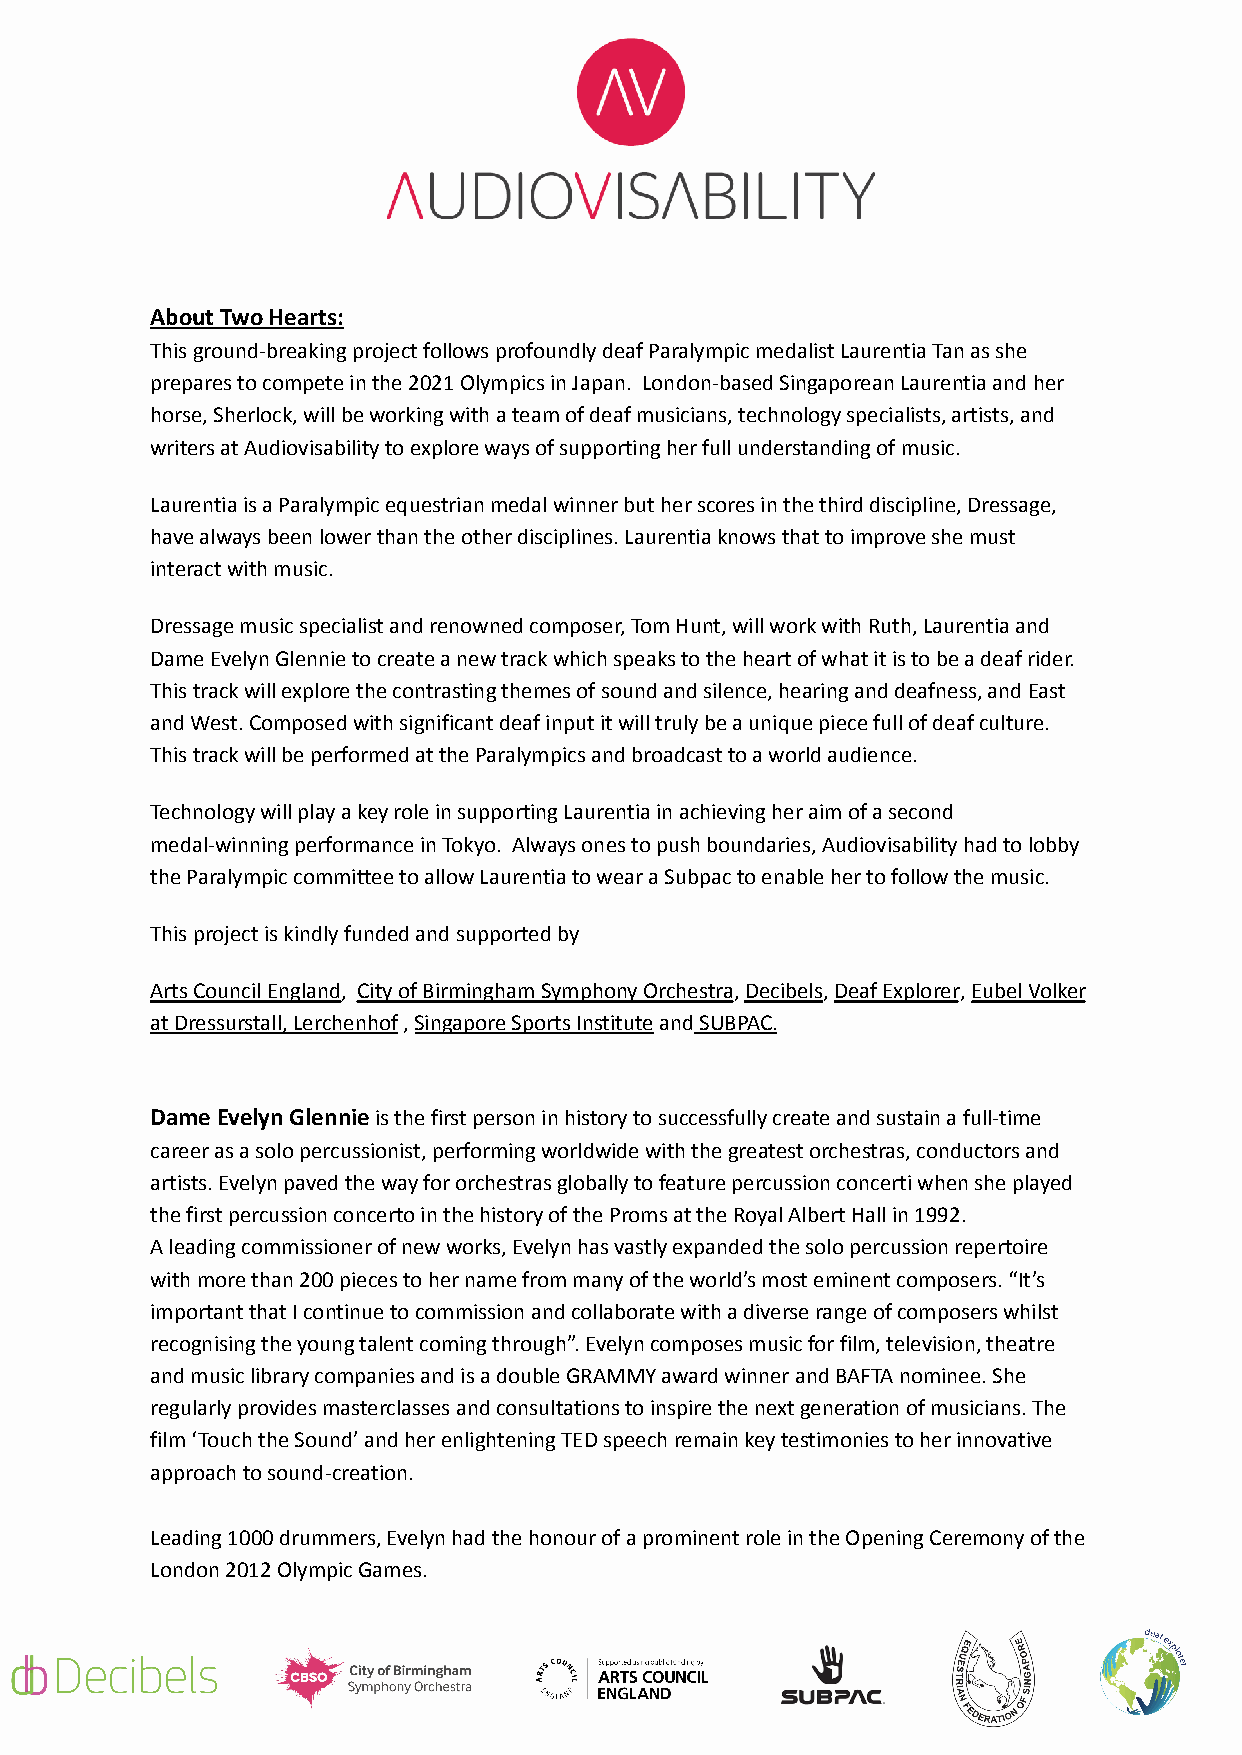
About Two Hearts:
 This ground-breaking project follows profoundly deaf Paralympic medalist Laurentia Tan as she
 prepares to compete in the 2021 Olympics in Japan. London-based Singaporean Laurentia and her
 horse, Sherlock, will be working with a team of deaf musicians, technology specialists, artists, and
 writers at Audiovisability to explore ways of supporting her full understanding of music.
 Laurentia is a Paralympic equestrian medal winner but her scores in the third discipline, Dressage,
 have always been lower than the other disciplines. Laurentia knows that to improve she must
 interact with music.
 Dressage music specialist and renowned composer, Tom Hunt, will work with Ruth, Laurentia and
 Dame Evelyn Glennie to create a new track which speaks to the heart of what it is to be a deaf rider.
 This track will explore the contrasting themes of sound and silence, hearing and deafness, and East
 and West. Composed with significant deaf input it will truly be a unique piece full of deaf culture.
 This track will be performed at the Paralympics and broadcast to a world audience.
 Technology will play a key role in supporting Laurentia in achieving her aim of a second
 medal-winning performance in Tokyo. Always ones to push boundaries, Audiovisability had to lobby
 the Paralympic committee to allow Laurentia to wear a Subpac to enable her to follow the music.
 This project is kindly funded and supported by
 Arts Council England, City of Birmingham SymphonyOrchestra,Decibels,Deaf Explorer,Eubel Volker
 at Dressurstall, Lerchenhof,Singapore Sports InstituteandSUBPAC.
 Dame Evelyn Glennieis the first person in historyto successfully create and sustain a full-time
 career as a solo percussionist, performing worldwide with the greatest orchestras, conductors and
 artists. Evelyn paved the way for orchestras globally to feature percussion concerti when she played
 the first percussion concerto in the history of the Proms at the Royal Albert Hall in 1992.
 A leading commissioner of new works, Evelyn has vastly expanded the solo percussion repertoire
 with more than 200 pieces to her name from many of the world’s most eminent composers. “It’s
 important that I continue to commission and collaborate with a diverse range of composers whilst
 recognising the young talent coming through”. Evelyn composes music for film, television, theatre
 and music library companies and is a double GRAMMY award winner and BAFTA nominee. She
 regularly provides masterclasses and consultations to inspire the next generation of musicians. The
 film‘Touch the Sound’and her enlighteningTED speechremain key testimonies to her innovative
 approach to sound-creation.
 Leading 1000 drummers, Evelyn had the honour of a prominent role in the Opening Ceremony of the
 London 2012 Olympic Games.